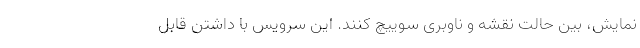
نمایش، بین حالت نقشه و ناوبری سوییچ کنند. این سرویس با داشتن قابل